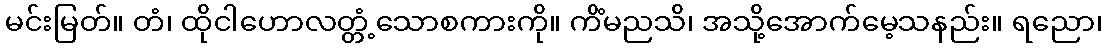
မင်းမြတ်။ တံ၊ ထိုငါဟောလတ္တံ့သောစကားကို။ ကိံမညသိ၊ အသို့အောက်မေ့သနည်း။ ရညော၊